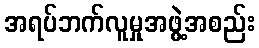
အရပ်ဘက်လူမှုအဖွဲ့အစည်း